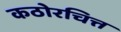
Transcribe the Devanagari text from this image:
कठोरचित्त